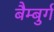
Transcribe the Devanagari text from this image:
बैम्बुर्ग